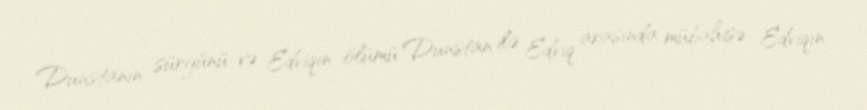
Dunstanın sürgünü və Edviqın ölümü Dunstan ilə Edviq arasında mübahisə Edviqın